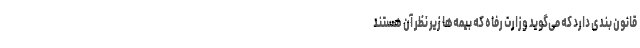
قانون بندی دارد که می‌گوید وزارت رفاه که بیمه‌ها زیر نظر آن هستند